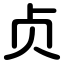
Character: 贞